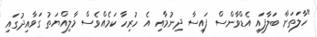
"ހާލަތަށް ބަލާފައި އެޑްވާންސް ފައިސާ ދިނުމާއި އެ ހުރިހާ ކަމެއްވެސް މާލިއްޔަތު ގަވާއިދުގައި